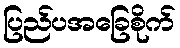
ပြည်ပအခြေစိုက်